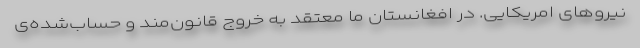
نیروهای امریکایی. در افغانستان ما معتقد به خروج قانون‌مند و حساب‌شده‌ی